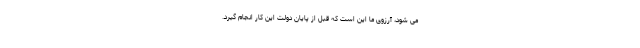
می شود، آرزوی ما این است که قبل از پایان دولت این کار انجام گیرد.